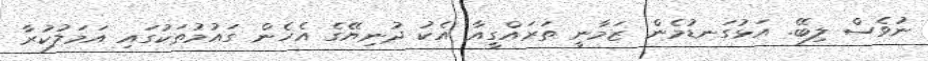
ނުވެސް ލިބޭ. އަޅުގަނޑުމެން ޒަމާނީ ތަރައްގީއާ އެކު ދުނިޔޭގެ އެހެން ގައުމުތަކުގައި އަމަލުކުރާ